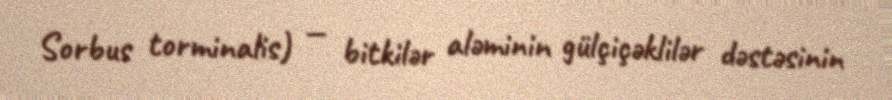
Sorbus torminalis) — bitkilər aləminin gülçiçəklilər dəstəsinin